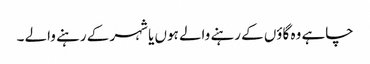
چاہے وہ گاؤں کے رہنے والے ہوں یا شہر کے رہنے والے ۔